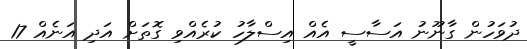
ދުވަހުން ގާނޫނު އަސާސީ އެއް އިސްލާހު ކުރެއްވި ގޮތަށް އަދި އަނެއް 17